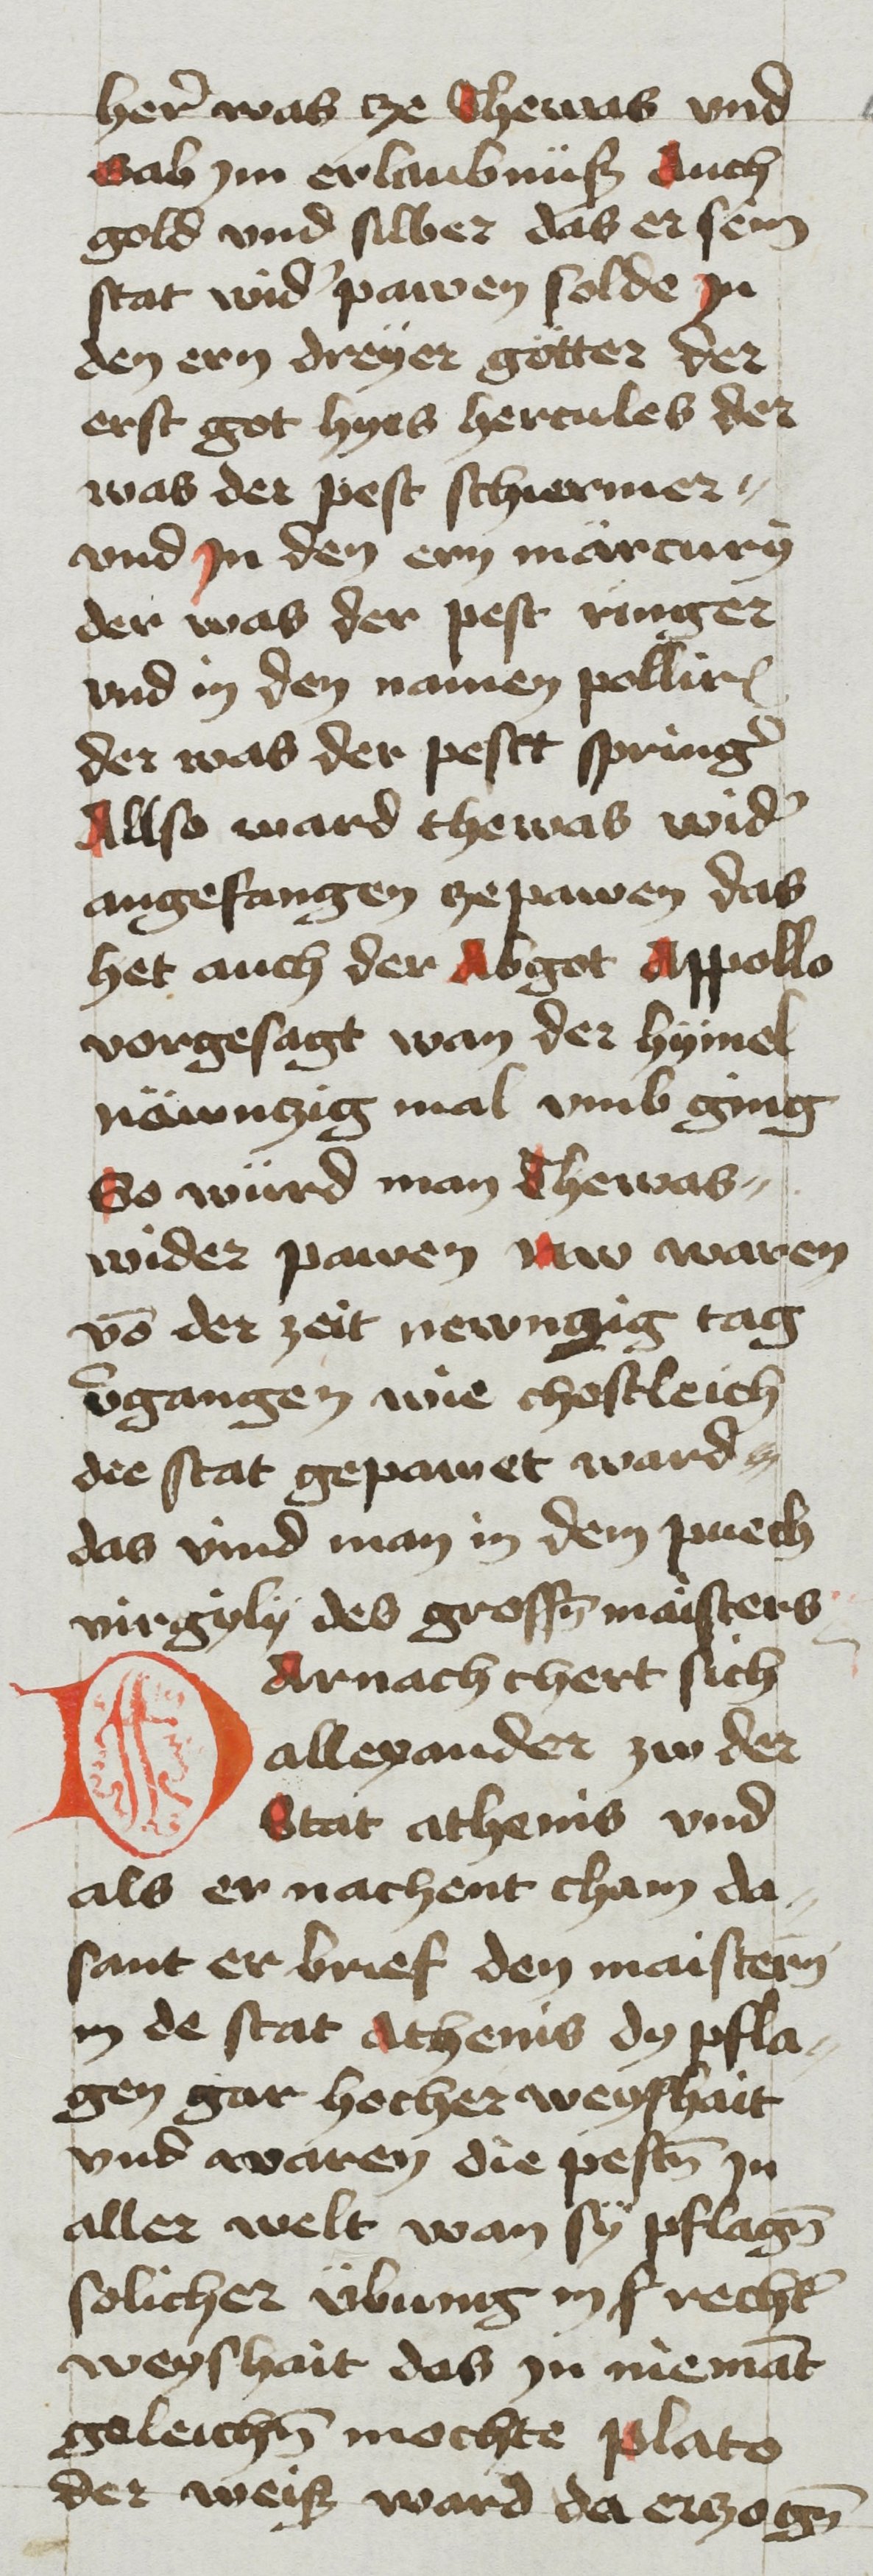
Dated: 1468–1468